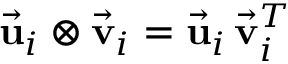
\vec { \bf u } _ { i } \otimes \vec { \bf v } _ { i } = \vec { \bf u } _ { i } \, \vec { \bf v } _ { i } ^ { T }